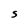
Character: S